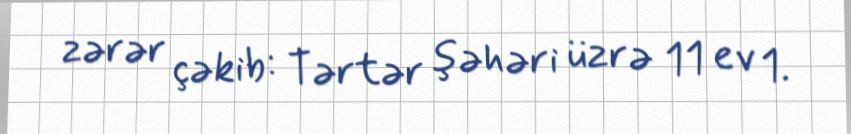
zərər çəkib: Tərtər şəhəri üzrə 11 ev 1.